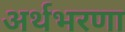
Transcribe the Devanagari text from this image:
अर्थभरणा